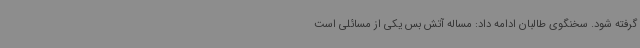
گرفته شود. سخنگوی طالبان ادامه داد: مساله آتش بس یکی از مسائلی است